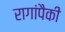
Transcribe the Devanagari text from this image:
रागांपैकी